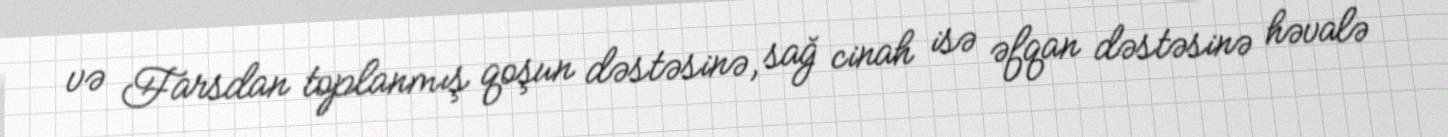
və Farsdan toplanmış qoşun dəstəsinə, sağ cinah isə əfqan dəstəsinə həvalə